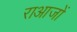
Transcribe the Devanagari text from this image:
राआजों